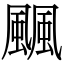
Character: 䬕